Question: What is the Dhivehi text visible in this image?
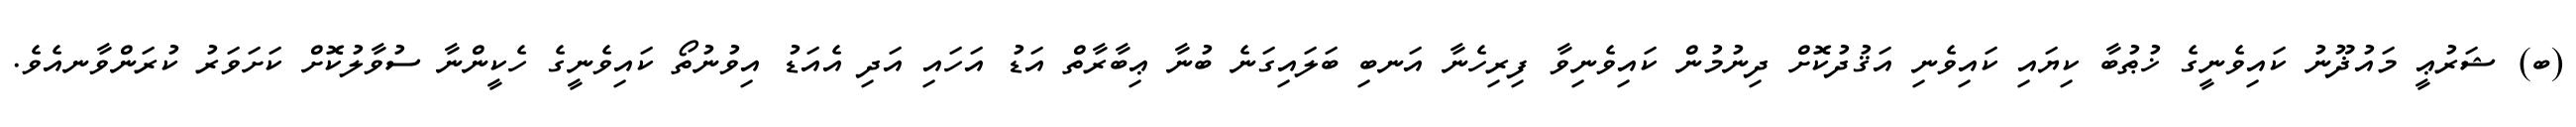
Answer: (ބ) ޝަރުޢީ މައުޛޫނު ކައިވެނީގެ ޚުޠުބާ ކިޔައި ކައިވެނި އަޤުދުކޮށް ދިނުމުން ކައިވެނިވާ ފިރިހެނާ އަނބި ބަލައިގަނެ ބުނާ ޢިބާރާތް އަޑު އަހައި އަދި އެއަޑު އިވުނުތޯ ކައިވެނީގެ ހެކީންނާ ސުވާލުކޮށް ކަށަވަރު ކުރަންވާނއެވެ.